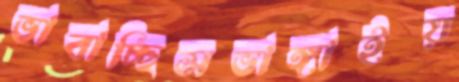
ভাবাচ্ছিসভাঙ্গাইয়